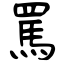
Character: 罵